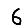
Digit: 6